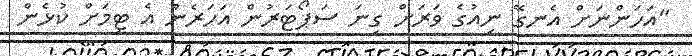
"އަހަންނަށް އެނގޭ ނިއުގެ ވަރަށް ގިނަ ސަޕޯޓަރުން އަހަރެން އެ ޓީމަށް ކުޅެން